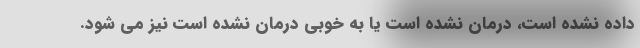
داده نشده است، درمان نشده است یا به خوبی درمان نشده است نیز می شود.